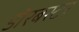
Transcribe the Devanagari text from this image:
डोरबस्टर